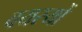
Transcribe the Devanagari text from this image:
वयस्यों